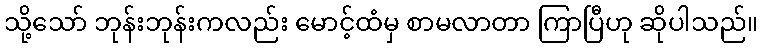
သို့သော် ဘုန်းဘုန်းကလည်း မောင့်ထံမှ စာမလာတာ ကြာပြီဟု ဆိုပါသည်။